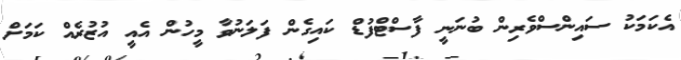
އެކަމަކު ސައިންސްވެރިން ބުނަނީ ފާސްޓްފުޑް ކައިގެން ފަލަނުވާ މީހުން އެއީ އުޒުރެއް ކަމަށް